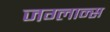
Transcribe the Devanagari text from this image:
जग्लान्स